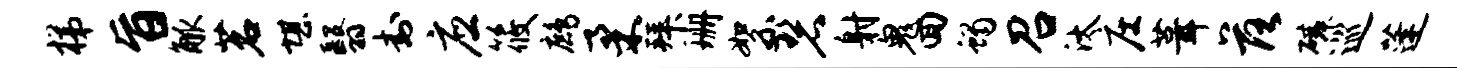
梯旨觚茗堪翳封应筱鹧柔拜珊絮碧射鬼回蝎召汰庄葺落磷巡蓬